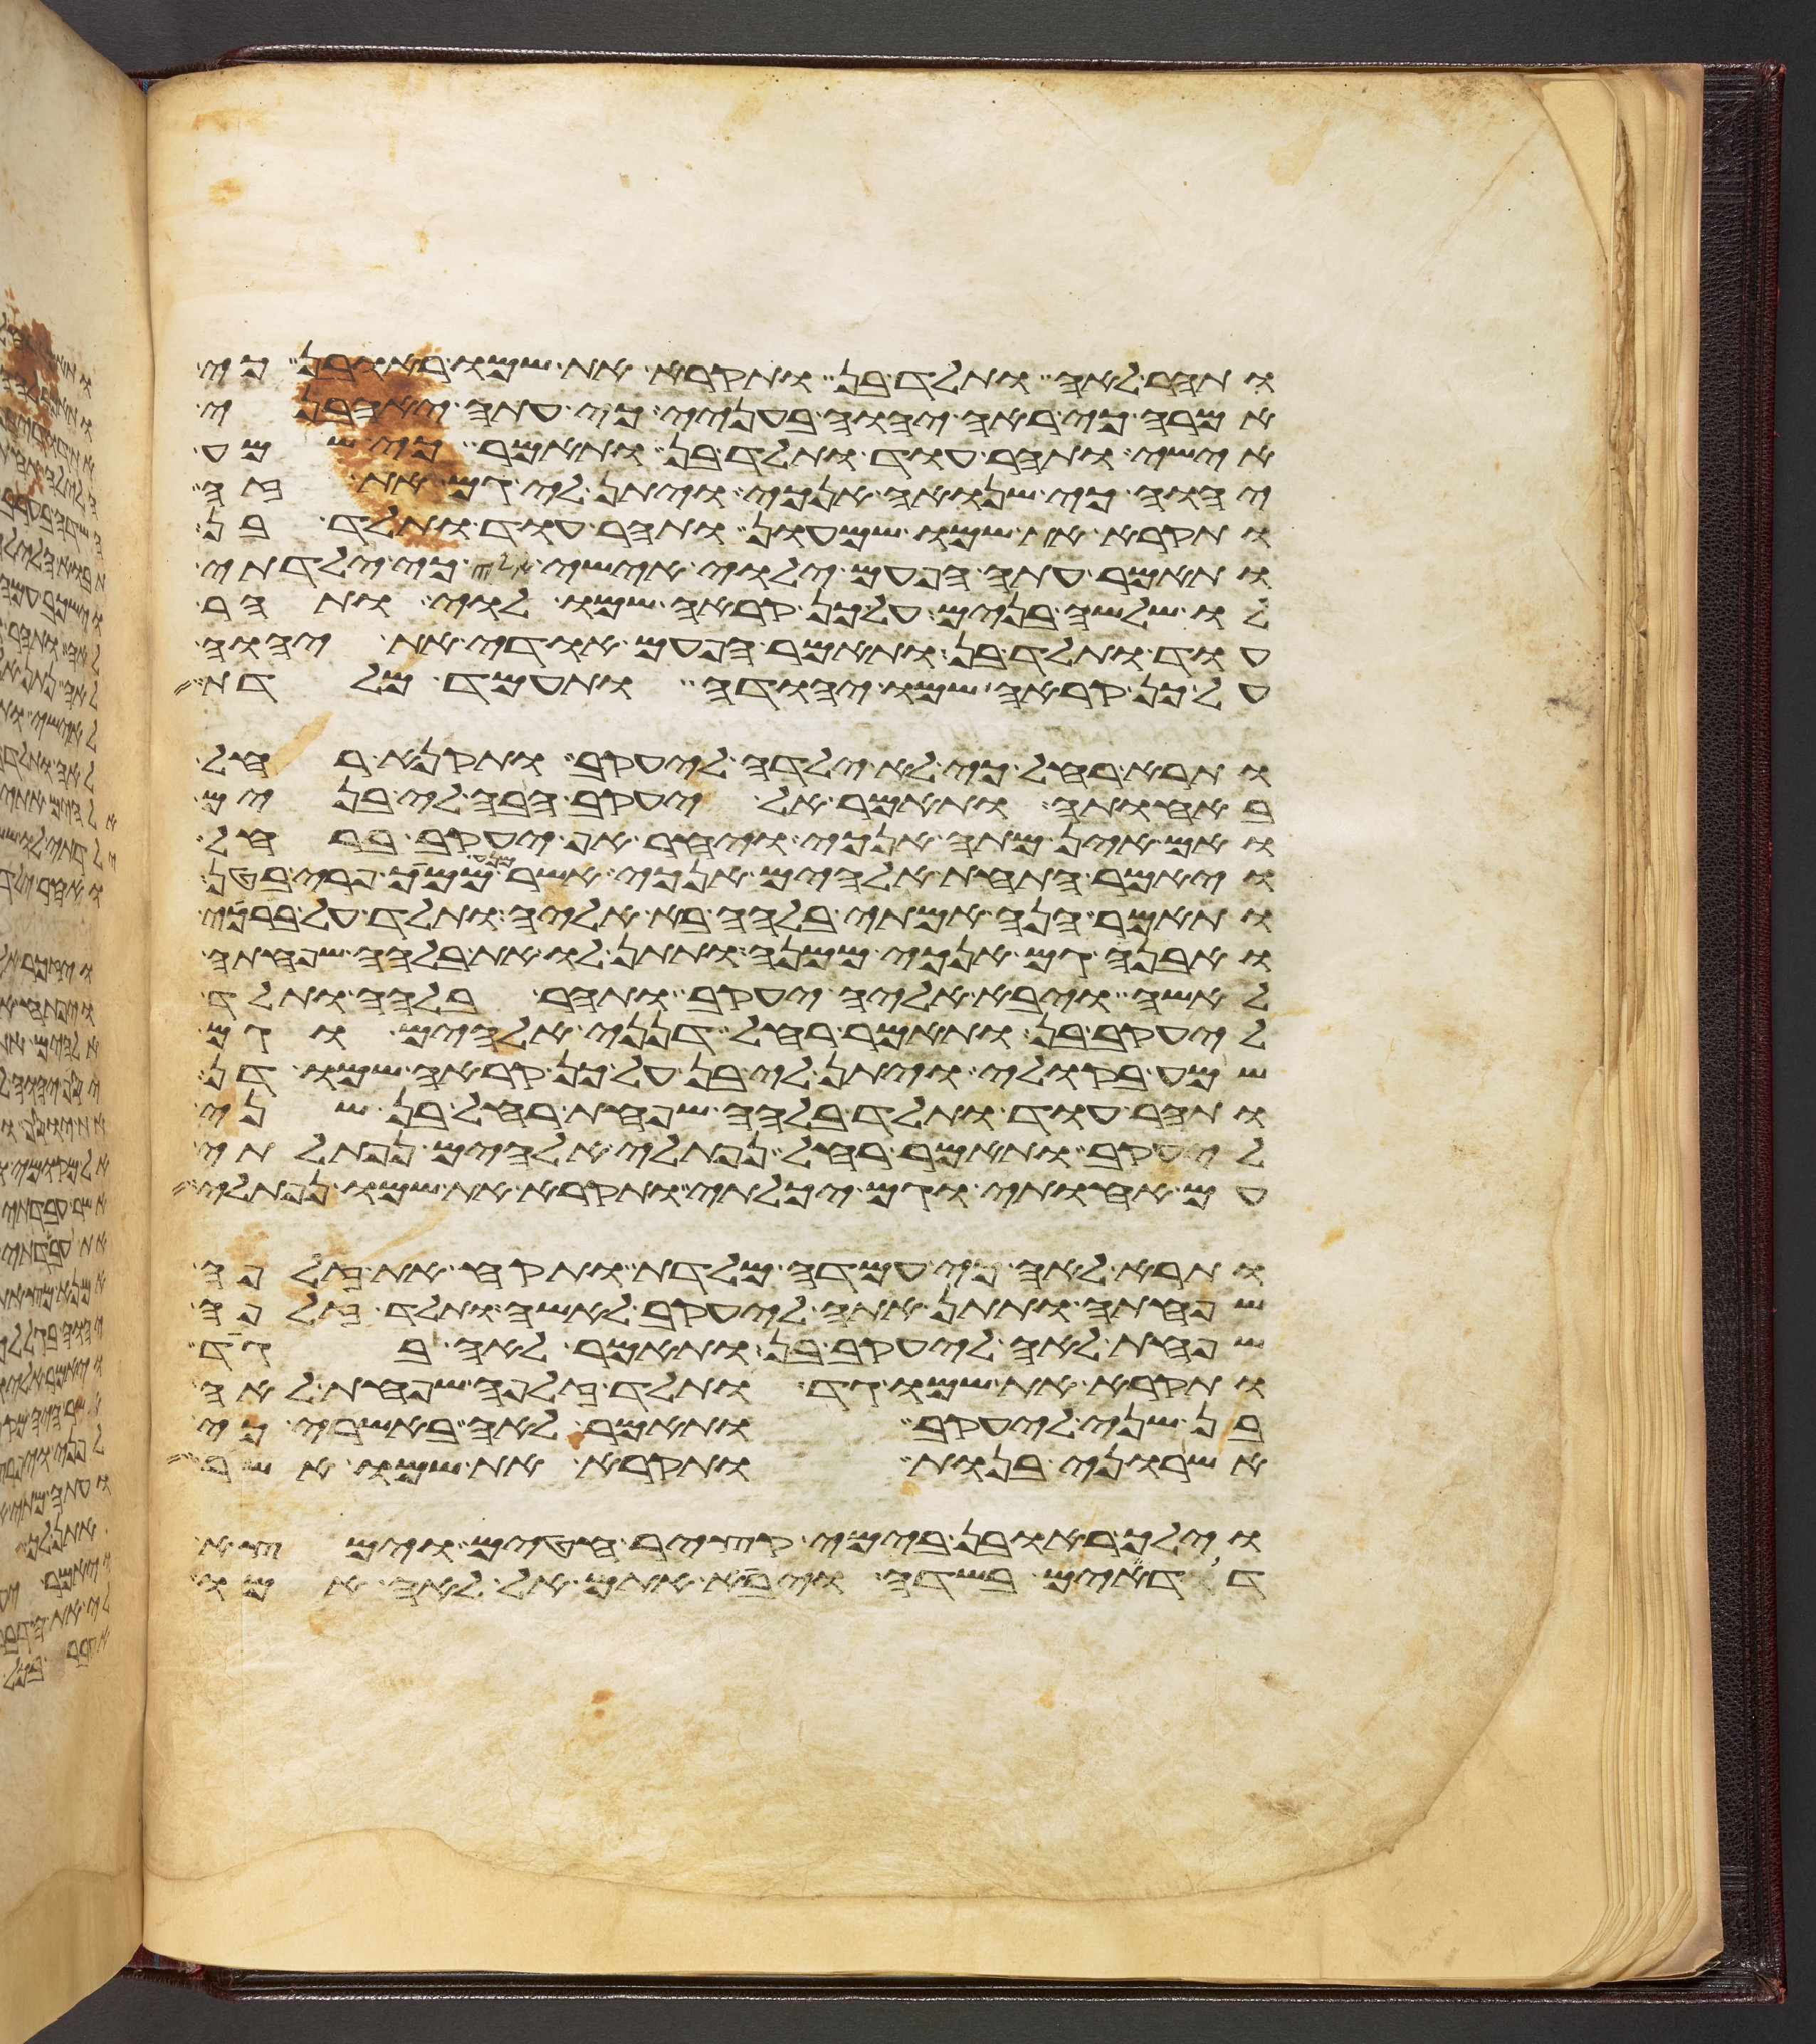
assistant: ותהר לאה ותלד בן ותקרא את שמו ראובן כי
אמרה כי ראה יהוה בעניי כי עתה יאהבני
אישי ותהר עוד ותלד בן ותאמר כי שמע
יהוה כי שנואה אנכי ויתן לי גם את זה
ותקרא את שמו שמעון ותהר עוד ותלד בן
ותאמר עתה הפעם ילוה אישי אלי כי ילדתי
לו שלשה בנים על כן קראה שמו לוי ותהר
עוד ותלד בן ותאמר הפעם אודה את יהוה
על כן קראה שמו יהודה ותעמד מלדת
ותרא רחל כי לא ילדה ליעקב ותקנא רחל
באחותה ותאמר אל יעקב הבה לי בנים
ואם אין מתה אנכי ויחר אף יעקב ברחל
ויאמר התחת אלהים אנכי אשר מנע ממעיך פרי בטן
ותאמר הנה אמתי בלהה בא אליה ותלד על ברכי
ואבנה גם אנכי ממנה ותתן לו את בלהה שפחתה
לאשה ויבא אליה יעקב ותהר בלהה ותלד
ליעקב בן ותאמר רחל דנני אלהים וגם
שמע בקולי ויתן לי בן על כן קראה שמו דן
ותהר עוד ותלד בלהה שפחת רחל בן שני
ליעקב ותאמר רחל נפתלי אלהים נפתלתי
עם אחותי וגם יכלתי ותקרא את שמו נפתלי
ותרא לאה כי עמדה מלדת ותקח את זלפה
שפחתה ותתן אתה ליעקב לאשה ותלד זלפה
שפחת לאה ליעקב בן ותאמר לאה בגד
ותקרא את שמו גד ותלד זלפה שפחת לאה
בן שני ליעקב ותאמר לאה באשרי כי
אשרוני בנות ותקרא את שמו אשר
וילך ראובן בימי קציר חטים וימצא
דודים בשדה ויבא אתם אל לאה אמו